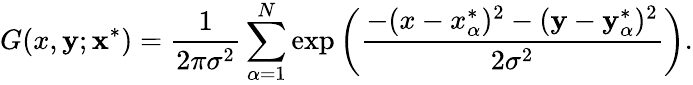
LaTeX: G(x,\mathbf{y};\mathbf{x}^{*})=\frac{{1}}{{2\pi\sigma^{2}}}\sum_{\alpha=1}^{N}\exp\left(\frac{{-(x-x_{\alpha}^{*})^{2}-(\mathbf{y}-\mathbf{y}_{\alpha}^{*})^{2}}}{{2\sigma^{2}}}\right).